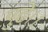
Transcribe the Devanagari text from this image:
पुढे।।